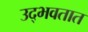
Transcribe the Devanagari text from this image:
उद्‍भवतात